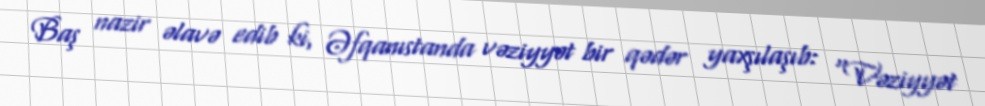
Baş nazir əlavə edib ki, Əfqanıstanda vəziyyət bir qədər yaxşılaşıb: “Vəziyyət